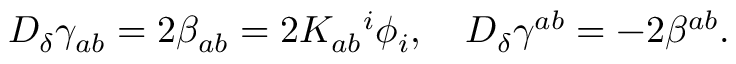
D _ { \delta } \gamma _ { a b } = 2 \beta _ { a b } = 2 K _ { a b } { ^ { i } } \phi _ { i } , \quad D _ { \delta } \gamma ^ { a b } = - 2 \beta ^ { a b } .